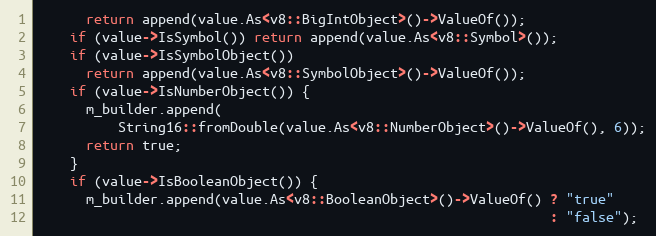
Language: C++
      return append(value.As<v8::BigIntObject>()->ValueOf());
    if (value->IsSymbol()) return append(value.As<v8::Symbol>());
    if (value->IsSymbolObject())
      return append(value.As<v8::SymbolObject>()->ValueOf());
    if (value->IsNumberObject()) {
      m_builder.append(
          String16::fromDouble(value.As<v8::NumberObject>()->ValueOf(), 6));
      return true;
    }
    if (value->IsBooleanObject()) {
      m_builder.append(value.As<v8::BooleanObject>()->ValueOf() ? "true"
                                                                : "false");